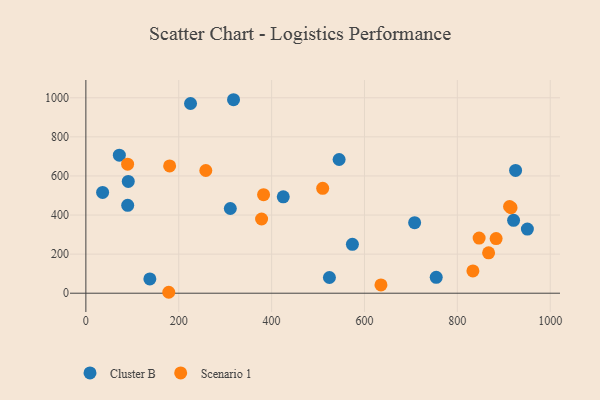
{"axis": {"x": "Investment", "y": "Demand"}, "legend": ["Cluster B", "Scenario 1"], "data": [{"x": "137.8", "y": 73.3, "type": "Cluster B"}, {"x": "318.0", "y": 990.0, "type": "Cluster B"}, {"x": "36.1", "y": 515.8, "type": "Cluster B"}, {"x": "708.0", "y": 360.9, "type": "Cluster B"}, {"x": "72.1", "y": 706.3, "type": "Cluster B"}, {"x": "91.3", "y": 572.2, "type": "Cluster B"}, {"x": "545.4", "y": 684.1, "type": "Cluster B"}, {"x": "311.1", "y": 433.5, "type": "Cluster B"}, {"x": "524.5", "y": 80.3, "type": "Cluster B"}, {"x": "950.8", "y": 328.4, "type": "Cluster B"}, {"x": "90.1", "y": 449.9, "type": "Cluster B"}, {"x": "925.4", "y": 628.3, "type": "Cluster B"}, {"x": "574.0", "y": 250.2, "type": "Cluster B"}, {"x": "425.1", "y": 493.0, "type": "Cluster B"}, {"x": "225.4", "y": 970.6, "type": "Cluster B"}, {"x": "754.5", "y": 81.1, "type": "Cluster B"}, {"x": "921.1", "y": 372.7, "type": "Cluster B"}, {"x": "180.4", "y": 651.1, "type": "Scenario 1"}, {"x": "867.3", "y": 206.5, "type": "Scenario 1"}, {"x": "833.5", "y": 113.9, "type": "Scenario 1"}, {"x": "89.9", "y": 660.2, "type": "Scenario 1"}, {"x": "883.5", "y": 279.6, "type": "Scenario 1"}, {"x": "258.3", "y": 627.9, "type": "Scenario 1"}, {"x": "178.5", "y": 4.8, "type": "Scenario 1"}, {"x": "912.4", "y": 443.6, "type": "Scenario 1"}, {"x": "378.4", "y": 379.7, "type": "Scenario 1"}, {"x": "846.9", "y": 281.9, "type": "Scenario 1"}, {"x": "635.5", "y": 42.5, "type": "Scenario 1"}, {"x": "915.6", "y": 437.6, "type": "Scenario 1"}, {"x": "510.0", "y": 536.5, "type": "Scenario 1"}, {"x": "382.7", "y": 504.4, "type": "Scenario 1"}]}